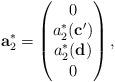
LaTeX: \begin{align*}\mathbf{a}_2^\ast=\left(\begin{matrix}0 \\a_2^\ast(\mathbf{c'}) \\a_2^\ast(\mathbf{d}) \\0\end{matrix}\right),\end{align*}